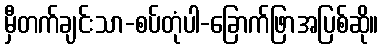
မှီတက်ချင်းသာ-စပ်တုံပါ-ခြောက်ဖြာအပြစ်ဆို။